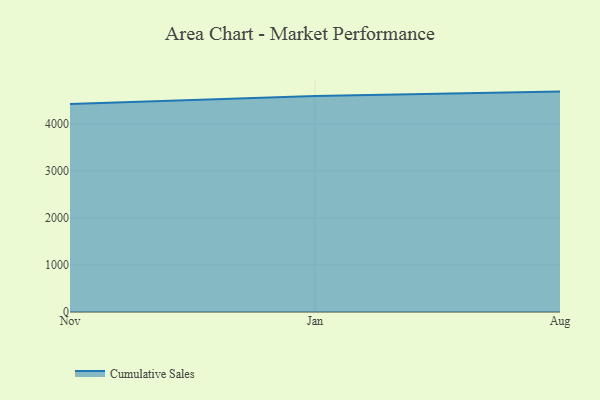
{"axis": {"x": "Month", "y": "Tickets Resolved"}, "legend": ["Cumulative Sales"], "data": [{"x": "Nov", "y": 4424.2, "type": "Cumulative Sales"}, {"x": "Jan", "y": 4593.5, "type": "Cumulative Sales"}, {"x": "Aug", "y": 4685.5, "type": "Cumulative Sales"}]}